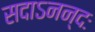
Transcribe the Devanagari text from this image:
सदाऽनन्दः